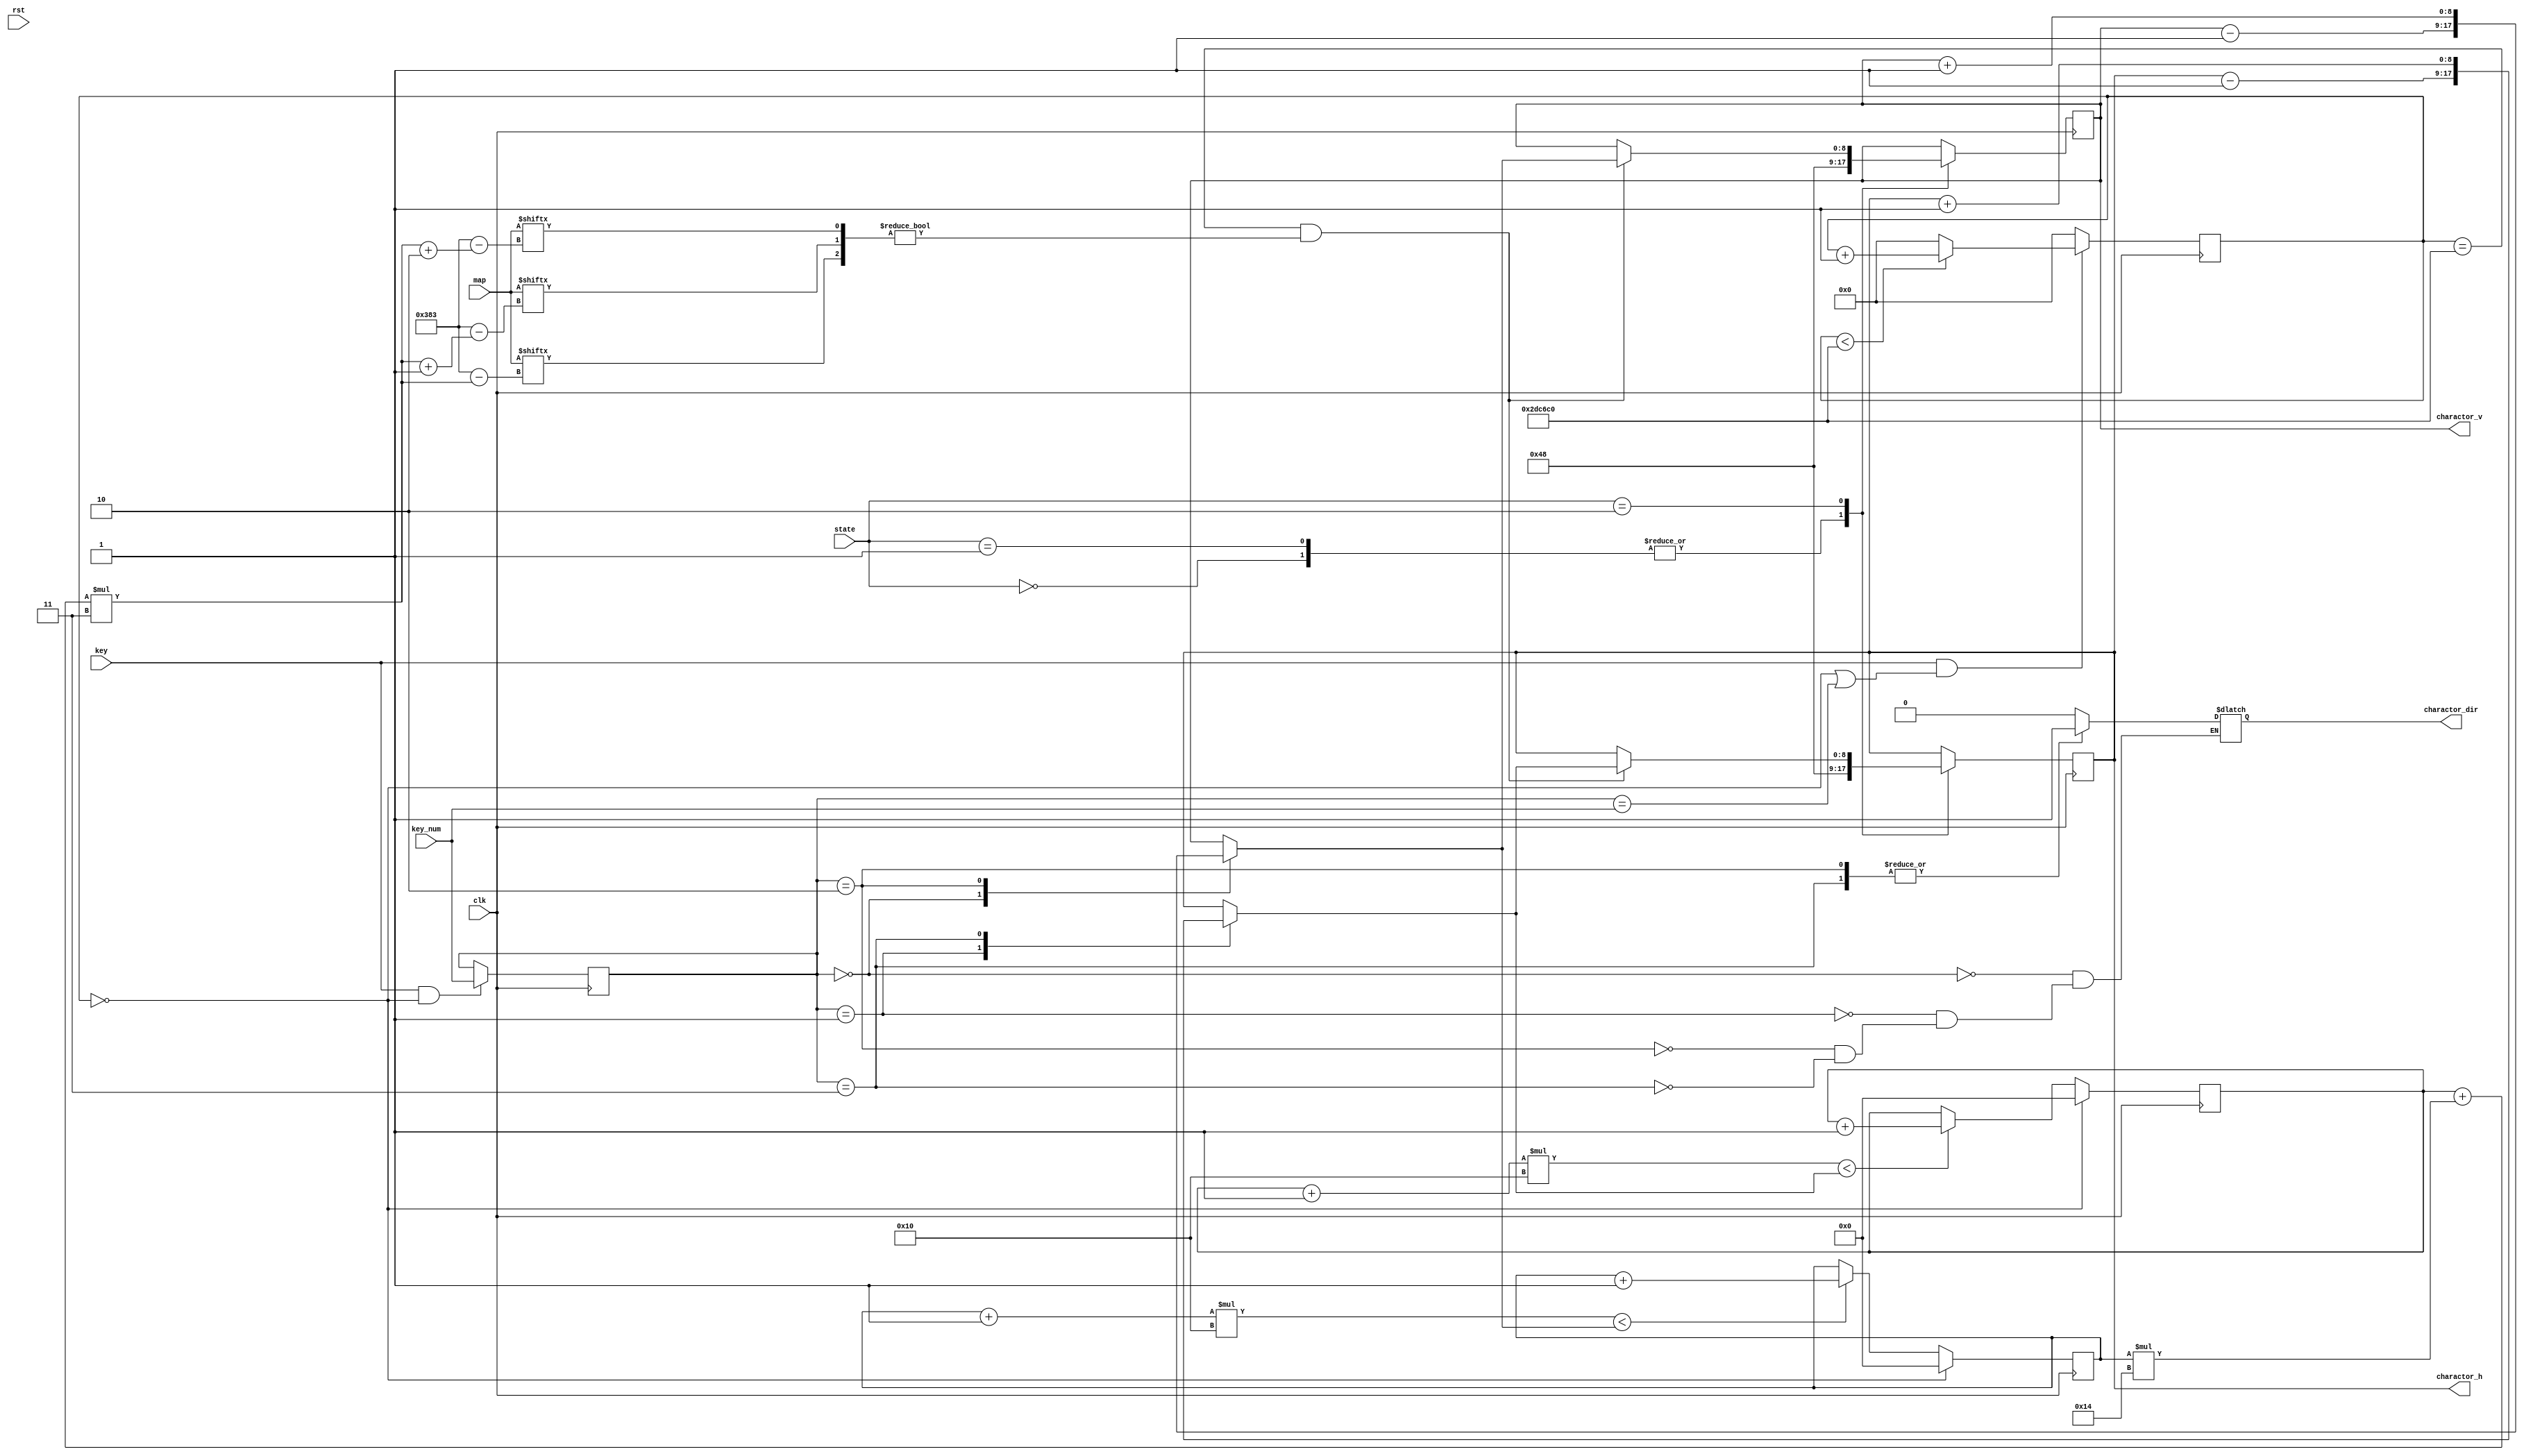
module Charactor (
    input rst,
    input clk,
    input [2:0] state,
    input [2:0] key_num,
    input key,
    input [0:899] map, //20*15 //(h+20*v)*3 (3bit)
    output reg [8:0] charactor_h, //max for 320
    output reg [8:0] charactor_v, //max for 240
    output reg charactor_dir //0:left, 1:right
);  
    parameter INIT = 3'b000;
    parameter WAIT = 3'b001;
    parameter GAME = 3'b010;
    parameter WIN  = 3'b011;
    parameter LOSE = 3'b100;

    parameter [2:0] UP    = 3'd0; //correspond to key_num
	parameter [2:0] LEFT  = 3'd1; 
	parameter [2:0] DOWN  = 3'd2; 
	parameter [2:0] RIGHT = 3'd3; 

    parameter NONE = 3'd0;
    parameter LINE = 3'd1;
    parameter TERMINAL = 3'd2;

    parameter MAX_CNT = 32'd3000000; //for charactor speed //

    reg [2:0] target_key;
    reg [31:0] cnt;
    reg [8:0] nxt_charactor_h, nxt_charactor_v;
    reg [4:0] nxt_map_h, nxt_map_v;
    
    //speed control
    always @(posedge clk) begin
        if(key && (cnt == 1'b0)) target_key <= key_num;
        else target_key <= target_key;
    end
    always @(posedge clk) begin
        if(key && ((cnt == 1'b0) || (target_key == key_num))) 
            cnt <= ((cnt < MAX_CNT) ? (cnt + 1'b1) : 1'b0);
        else cnt <= 1'b0;
    end

    //nxt_charactor_h nxt_charactor_v 
    always @(*) begin
        case (target_key)
            UP: begin
                nxt_charactor_h <= charactor_h;
                nxt_charactor_v <= charactor_v - 1;
            end
            LEFT: begin
                nxt_charactor_h <= charactor_h - 1;
                nxt_charactor_v <= charactor_v;
            end
            DOWN: begin
                nxt_charactor_h <= charactor_h;
                nxt_charactor_v <= charactor_v + 1;
            end
            RIGHT: begin
                nxt_charactor_h <= charactor_h + 1;
                nxt_charactor_v <= charactor_v;
            end
            default: begin
                nxt_charactor_h <= charactor_h;
                nxt_charactor_v <= charactor_v;
            end
        endcase
    end
    
    //calculate charactor nxt pigeon in map //(cnt == MAX_CNT)
    always @(posedge clk) begin
        if(cnt == 1'b0) nxt_map_h <= 1'b0;
        else if(((nxt_map_h + 1) * 16) < nxt_charactor_h) 
            nxt_map_h <= nxt_map_h + 1'b1;
        else nxt_map_h <= nxt_map_h;
    end
    always @(posedge clk) begin
        if(cnt == 1'b0) nxt_map_v <= 1'b0;
        else if(((nxt_map_v + 1) * 16) < nxt_charactor_v) 
            nxt_map_v <= nxt_map_v + 1'b1;
        else nxt_map_v <= nxt_map_v;
    end

    //charactor move
    always @(posedge clk) begin
        case (state)
            INIT: begin
                charactor_h <= 4*16 + 8;
                charactor_v <= 4*16 + 8;
            end
            WAIT: begin
                charactor_h <= 4*16 + 8;
                charactor_v <= 4*16 + 8;
            end
            GAME: begin
                if((cnt == MAX_CNT) && ( 
                    {map[(nxt_map_h + nxt_map_v*20)*3], 
                    map[(nxt_map_h + nxt_map_v*20)*3 + 1], 
                    map[(nxt_map_h + nxt_map_v*20)*3 + 2]} != NONE
                )) begin 
                    charactor_h <= nxt_charactor_h;
                    charactor_v <= nxt_charactor_v;
                end
                else begin
                    charactor_h <= charactor_h;
                    charactor_v <= charactor_v;
                end
            end
            WIN: begin
                charactor_h <= charactor_h;
                charactor_v <= charactor_v;
            end
            LOSE: begin
                charactor_h <= charactor_h;
                charactor_v <= charactor_v;
            end 
            default: begin
                charactor_h <= charactor_h;
                charactor_v <= charactor_v;
            end
        endcase
    end

    //direction control
    always @(*) begin
        case (target_key)
            UP:      charactor_dir = 1'b0;
            LEFT:    charactor_dir = 1'b0;
            DOWN:    charactor_dir = 1'b1;
            RIGHT:   charactor_dir = 1'b1;
            default: charactor_dir = charactor_dir;
        endcase
    end
    
endmodule